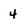
Character: 4